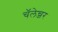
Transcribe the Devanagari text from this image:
चॅलेन्जर